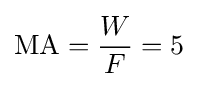
\mathrm {MA} ={\frac {W}{F}}=5